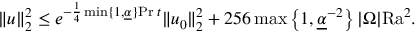
\begin{array} { r } { \| u \| _ { 2 } ^ { 2 } \leq e ^ { - \frac { 1 } { 4 } \operatorname* { m i n } \lbrace 1 , \underline { { \alpha } } \rbrace \mathrm { P r } \phantom { . } t } \| u _ { 0 } \| _ { 2 } ^ { 2 } + 2 5 6 \operatorname* { m a x } \left\lbrace 1 , \underline { { \alpha } } ^ { - 2 } \right\rbrace | \Omega | \mathrm { { R a } } ^ { 2 } . } \end{array}